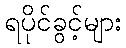
ရပိုင်ခွင့်များ